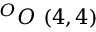
^ { O } O \ ( 4 , 4 )